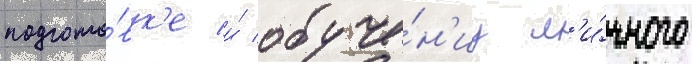
подгото́вк'е и́ обуче́н'иу л'и́чного